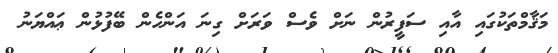
މަޤާމްތަކުގައި އާއި ސަފީރުން ނަށް ވެސް ވަރަށް ގިނަ އަންހެން ބޭފުޅުން ޢައްޔަނު